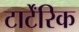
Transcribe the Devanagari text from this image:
टार्टेंरिक